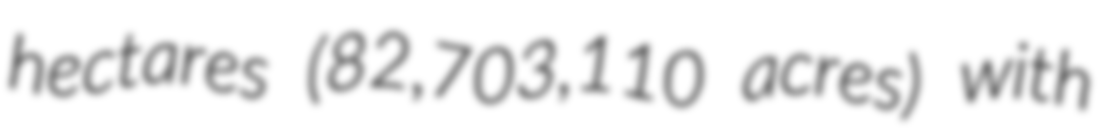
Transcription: hectares (82,703,110 acres) with